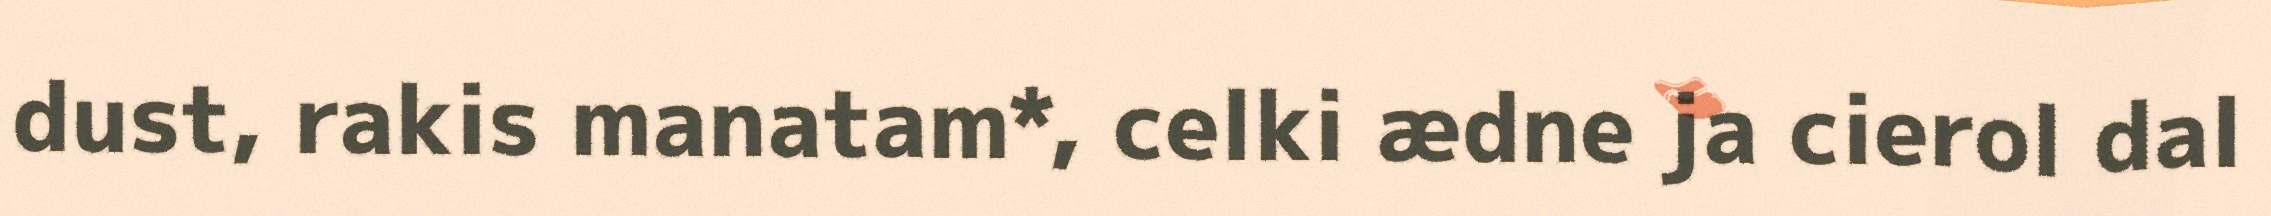
dust, rakis manatam*, celki ædne ja cierol dal